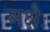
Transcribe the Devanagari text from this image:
अक्षैः